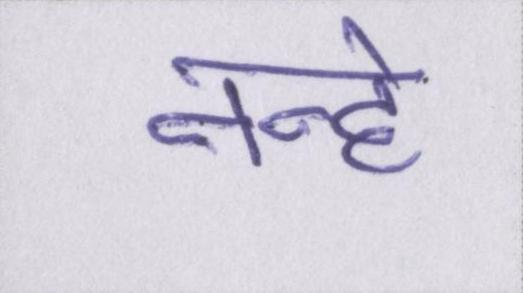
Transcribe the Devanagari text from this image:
नन्हे